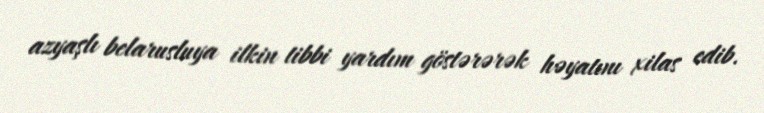
azyaşlı belarusluya ilkin tibbi yardım göstərərək həyatını xilas edib.